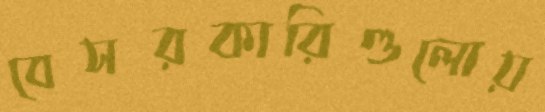
বেসরকারিগুলোয়